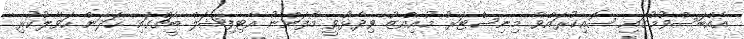
އެއްބަސްވުމުގައި ސޮއިކުރައްވާ މިނިސްޓަރު މުއިއްޒު ވިދާޅުވީ މާފަންނު އާޓިފިޝަލް ބީޗްގައި ހަދަން ހަވާލުކުރި